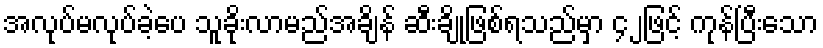
အလုပ်မလုပ်ခဲ့ပေ သူခိုးလာမည်အချိန် ဆီးချိုဖြစ်ရသည်မှာ ၄၂ဖြင့် ကုန်ပြီးသော